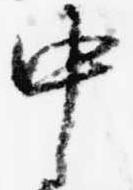
中